Bombay plague: being a history of the progress of plague in the Bombay presidency from September 1896 to June 1899
Year: 1896
Disease focus: Plague
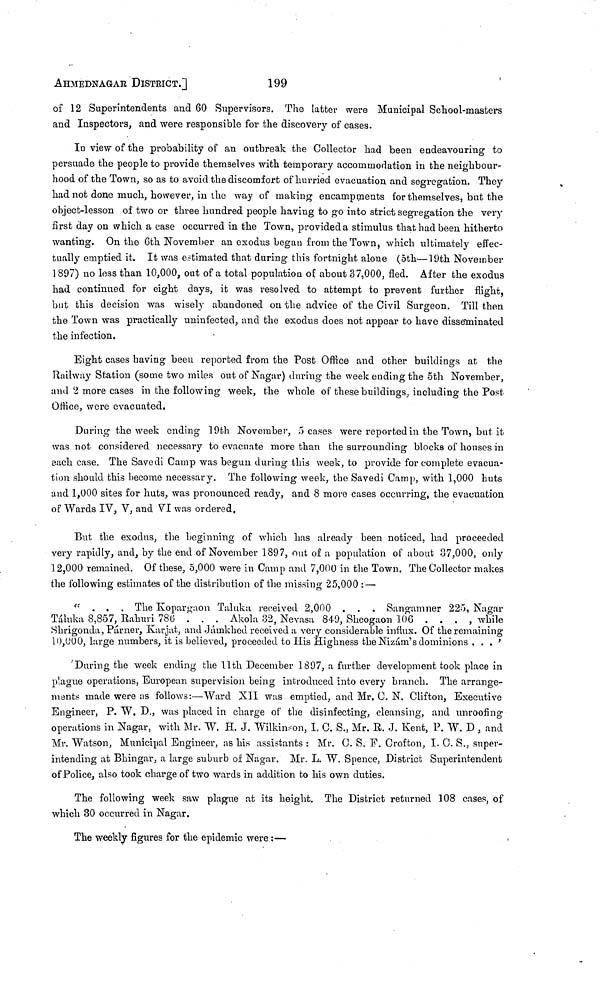
AHMEDNAGAR DISTRICT.]
199
of 12 Superintendents and 60 Supervisors. The latter were Municipal School-masters
and Inspectors, and were responsible for the discovery of cases.
In view of the probability of an outbreak the Collector had been endeavouring to
persuade the people to provide themselves with temporary accommodation in the neighbour-
hood of the Town, so as to avoid the discomfort of hurried evacuation and segregation. They
had not done much, however, in the way of making encampments for themselves, but the
object-lesson of two or three hundred people having to go into strict segregation the very
first day on which a case occurred in the Town, provided a stimulus that had been hitherto
wanting. On the 6th November an exodus began from the Town, which ultimately effec-
tually emptied it. It was estimated that during this fortnight alone (5th—19th November
1897) no less than 10,000, out of a total population of about 37,000, fled. After the exodus
had continued for eight days, it was resolved to attempt to prevent further flight,
but this decision was wisely abandoned on the advice of the Civil Surgeon. Till then
the Town was practically uninfected, and the exodus does not appear to have disseminated
the infection.
Eight cases having been reported from the Post Office and other buildings at the
Railway Station (some two miles out of Nagar) during the week ending the 5th November,
and 2 more cases in the following week, the whole of these buildings, including the Post
Office, were evacuated.
During the week ending 19th November, 5 cases were reported in the Town, but it
was not considered necessary to evacuate more than the surrounding blocks of houses in
each case. The Savedi Camp was begun during this week, to provide for complete evacua-
tion should this become necessary. The following week, the Savedi Camp, with 1,000 huts
and 1,000 sites for huts, was pronounced ready, and 8 more cases occurring, the evacuation
of Wards IV, V, and VI was ordered.
But the exodus, the beginning of which has already been noticed, had proceeded
very rapidly, and, by the end of November 1897, out of a population of about 37,000, only
12,000 remained. Of these, 5,000 were in Camp and 7,000 in the Town. The Collector makes
the following estimates of the distribution of the missing 25,000 : —
"...
The Kopargaon Taluka received 2,000 . . . Sangamner 225, Nagar
Táluka 8,857, Rahuri 786 . . . Akola 32, Nevasa 849, Sheogaon 106 . . . , while
Shrigonda, Punier, Karjat, and Jámkhed received a very considerable influx. Of the remaining
10,000, large numbers, it is believed, proceeded to His Highness the Nizám's dominions . . . '
'During the week ending the 11th December 1897, a further development took place in
plague operations, European supervision being introduced into every branch. The arrange-
ments made were us follows:—Ward XII was emptied, and Mr. C. N. Clifton, Executive
Engineer, P. W. D., was placed in charge of the disinfecting, cleansing, and unroofing
operations in Nagar, with Mr. W. H. J. Wilkinson, I. C. S., Mr. R. J. Kent, P. W. D , and
Mr. Watson, Municipal Engineer, as his assistants : Mr. C. S. F. Crofton, I. C. S., super-
intending at Bhingar, a large suburb oí Nagar. Mr. L. W. Spence, District Superintendent
of Police, also took charge of two wards in addition to his own duties.
The following week saw plague at its height. The District returned 108 cases, of
which 30 occurred in Nagar.
The weekly figures for the epidemic were :—